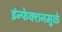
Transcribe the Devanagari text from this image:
इंन्फेक्शनमुळे